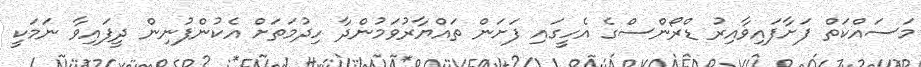
މަސައްކަތް ފަށާފައިވާއިރު ޑްރޯންސްގެ އެހީގައި ފަށަން ތައްޔާރުވަމުންދާ ހިދުމަތަށް އެކުންފުނިން ދީފައިވާ ނަމަކީ